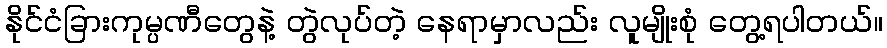
နိုင်ငံခြားကုမ္ပဏီတွေနဲ့ တွဲလုပ်တဲ့ နေရာမှာလည်း လူမျိုးစုံ တွေ့ရပါတယ်။